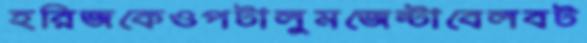
হরিজকেওপটালুমজেন্টাবেলবট